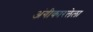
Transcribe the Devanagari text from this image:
अंगीकारलेला